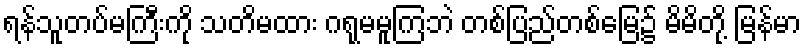
ရန်သူတပ်မကြီးကို သတိမထား ဂရုမမူကြဘဲ တစ်ပြည်တစ်မြေ၌ မိမိတို့ မြန်မာ